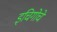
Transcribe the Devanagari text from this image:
इचिगोचे